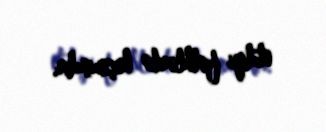
etdiyi fəthlərlə keçmişdir.